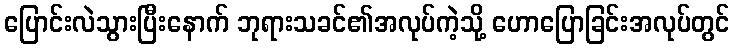
ပြောင်းလဲသွားပြီးနောက် ဘုရားသခင်၏အလုပ်ကဲ့သို့ ဟောပြောခြင်းအလုပ်တွင်